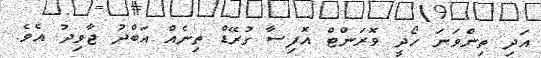
އަދި ތިންވަނަ ހޯދީ ވޮރަންޓް އޮފިސާ ގުރޭޑް ތިނެއް އަބްދު ޖާވިދު އެވެ.